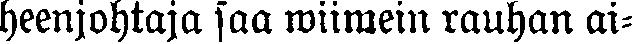
heenjohtaja saa wiimein rauhan ai-